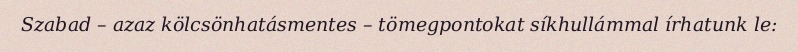
Szabad – azaz kölcsönhatásmentes – tömegpontokat síkhullámmal írhatunk le: